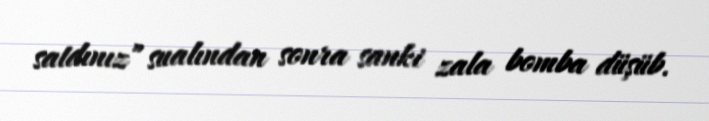
satdınız” sualından sonra sanki zala bomba düşüb.